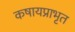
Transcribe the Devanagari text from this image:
कषायप्राभृत